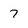
Character: 7